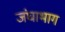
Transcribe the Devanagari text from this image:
जंघाभाग